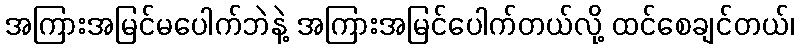
အကြားအမြင်မပေါက်ဘဲနဲ့ အကြားအမြင်ပေါက်တယ်လို့ ထင်စေချင်တယ်၊